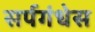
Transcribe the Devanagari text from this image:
सर्पगंधेस